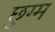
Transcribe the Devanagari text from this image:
छुम्म